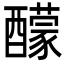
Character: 䤓